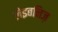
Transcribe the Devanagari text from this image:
लेइबनिज़